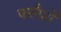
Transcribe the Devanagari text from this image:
फलैशें